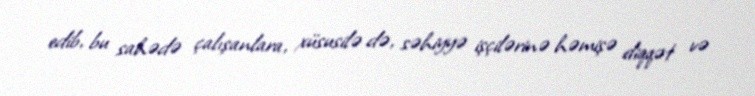
edib, bu sahədə çalışanlara, xüsusilə də, səhiyyə işçilərinə həmişə diqqət və